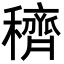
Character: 穧